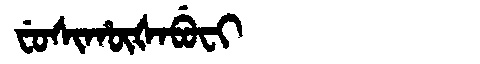
Manchu: ᠸᡠᠰᡳᡥᡡᡧᠠᠪᡠᠸᡳ
Romanization: FUSIHŪŠABUFI